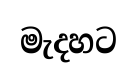
මැදහට